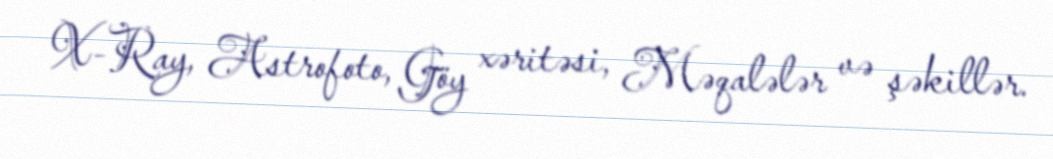
X-Ray, Astrofoto, Göy xəritəsi, Məqalələr və şəkillər.